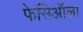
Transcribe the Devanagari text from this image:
फेसिऑला